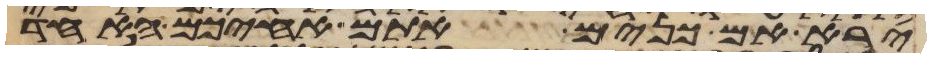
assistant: ירא אם כנים אתם אחיכם האחד